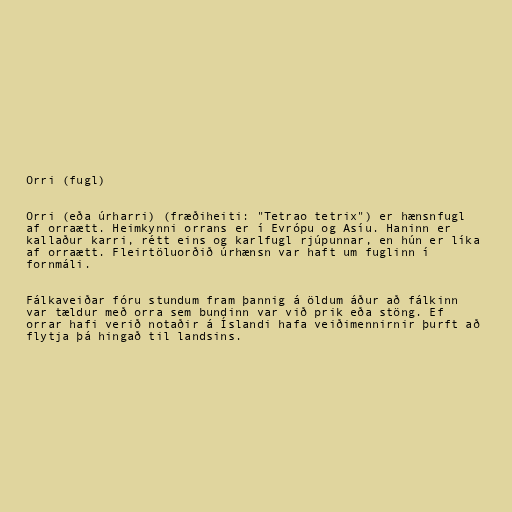
Orri (fugl)

Orri (eða úrharri) (fræðiheiti: "Tetrao tetrix") er hænsnfugl
af orraætt. Heimkynni orrans er í Evrópu og Asíu. Haninn er
kallaður karri, rétt eins og karlfugl rjúpunnar, en hún er líka
af orraætt. Fleirtöluorðið úrhænsn var haft um fuglinn í
fornmáli.

Fálkaveiðar fóru stundum fram þannig á öldum áður að fálkinn
var tældur með orra sem bundinn var við prik eða stöng. Ef
orrar hafi verið notaðir á Íslandi hafa veiðimennirnir þurft að
flytja þá hingað til landsins.